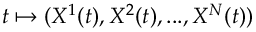
t \mapsto ( X ^ { 1 } ( t ) , X ^ { 2 } ( t ) , . . . , X ^ { N } ( t ) )